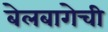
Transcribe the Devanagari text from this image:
बेलबागेची